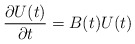
\begin{align*}{{\partial U(t)} \over {\partial t}} = B(t) U(t)\end{align*}